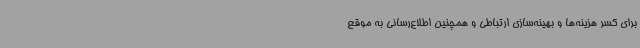
برای کسر هزینه‌ها و بهینه‌سازی ارتباطی و همچنین اطلاع‌رسانی به موقع